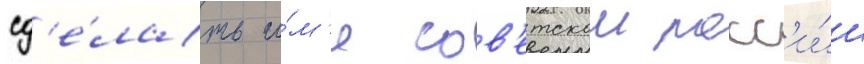
сд'е́лать и́м'я сов'етскои росс'и́и